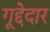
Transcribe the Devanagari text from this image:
गूद्देदार